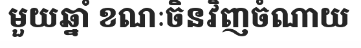
មួយឆ្នាំ ខណៈចិនវិញចំណាយ